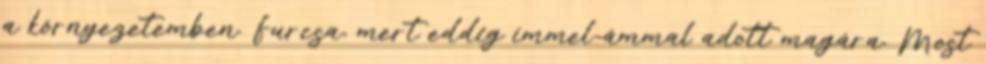
a környezetemben. Furcsa, mert eddig ímmel-ámmal adott magára. Most